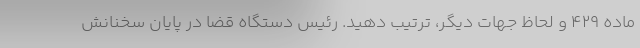
ماده ۴۲۹ و لحاظ جهات دیگر، ترتیب دهید. رئیس دستگاه قضا در پایان سخنانش